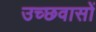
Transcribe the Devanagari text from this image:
उच्छवासों